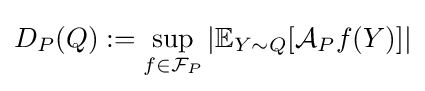
D_{P}(Q):=\sup _{f\in {\mathcal {F}}_{P}}|\mathbb {E} _{Y\sim Q}[{\mathcal {A}}_{P}f(Y)]|